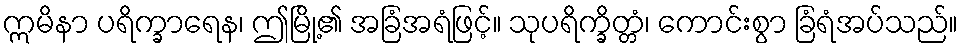
ဣမိနာ ပရိက္ခာရေန၊ ဤမြို့၏ အခြံအရံဖြင့်။ သုပရိက္ခိတ္တံ၊ ကောင်းစွာ ခြံရံအပ်သည်။